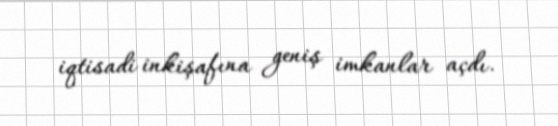
iqtisadi inkişafına geniş imkanlar açdı.